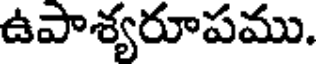
ఉపాశ్యరూపము.